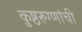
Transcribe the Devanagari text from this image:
कुष्ठरुग्णांची